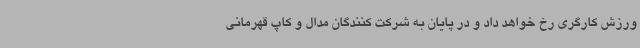
ورزش کارگری رخ خواهد داد و در پایان به شرکت کنندگان مدال و کاپ قهرمانی